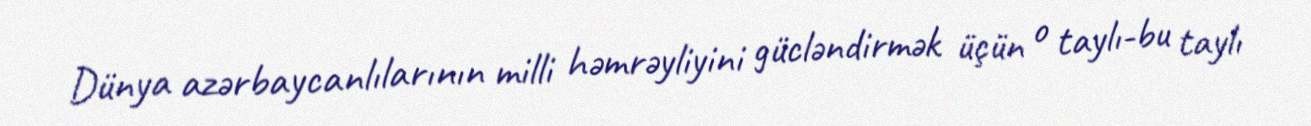
Dünya azərbaycanlılarının milli həmrəyliyini gücləndirmək üçün o taylı-bu taylı